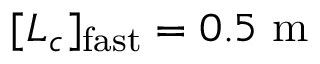
[ L _ { c } ] _ { \mathrm { f a s t } } = 0 . 5 \ \mathrm { m }